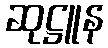
ဆုဋ္ဌူန